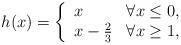
LaTeX: \begin{align*}h(x)=\left\{\begin{array}{ll} x & \forall x \leq 0, \\x-\frac{2}{3} & \forall x \geq 1,\end{array}\right.\end{align*}